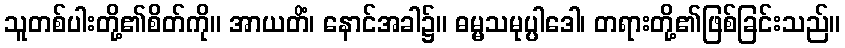
သူတစ်ပါးတို့၏စိတ်ကို။ အာယတိံ၊ နောင်အခါ၌။ ဓမ္မသမုပ္ပါဒေါ၊ တရားတို့၏ဖြစ်ခြင်းသည်။